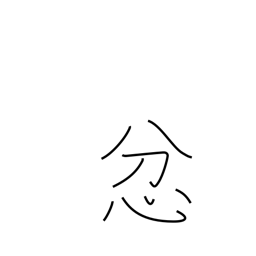
Meaning: be angry